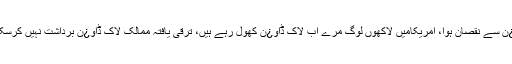
ان کا کہنا تھا کہ قوم کوکہتاہوں مشکل مرحلہ ہے،ہمت نہیں ہارنی، ساری دنیاکہہ رہی ہے لاک ڈاو¿ن سے نقصان ہوا، امریکامیں لاکھوں لوگ مرے اب لاک ڈاو¿ن کھول رہے ہیں، ترقی یافتہ ممالک لاک ڈاو¿ن برداشت نہیں کرسکے، ہم نے سمارٹ لاک ڈاو¿ن کیا،اگلامرحلہ مشکل ہے، احتیاط نہ کی توہسپتالوں پردباو¿بڑھے گا۔